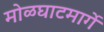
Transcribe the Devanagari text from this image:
मोळघाटमार्गे